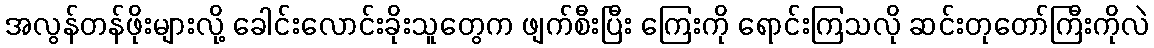
အလွန်တန်ဖိုးများလို့ ခေါင်းလောင်းခိုးသူတွေက ဖျက်စီးပြီး ကြေးကို ရောင်းကြသလို ဆင်းတုတော်ကြီးကိုလဲ